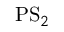
\mathrm { P S } _ { 2 }